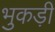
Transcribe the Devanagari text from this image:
भुकड़ी